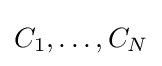
C_{1},\ldots ,C_{N}